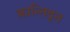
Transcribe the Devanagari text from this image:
क्रान्तिवृत